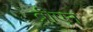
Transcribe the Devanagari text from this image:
ब्रीएन